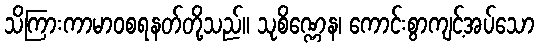
သိကြားကာမာဝစရနတ်တို့သည်။ သုစိဏ္ဏေန၊ ကောင်းစွာကျင့်အပ်သော